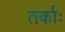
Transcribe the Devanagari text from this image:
तर्काः